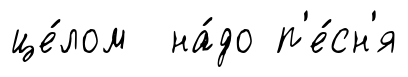
це́лом на́до п'е́сн'я